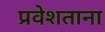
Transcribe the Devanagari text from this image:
प्रवेशताना